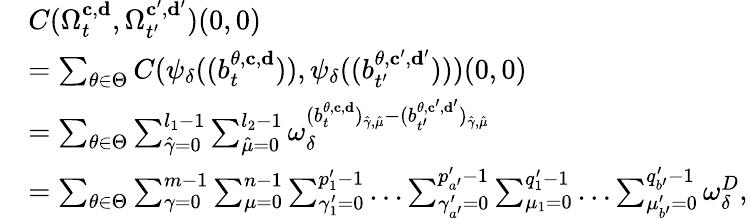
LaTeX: \begin{array}{rl}&{C(\Omega_{t}^{\mathbf{c},\mathbf{d}},\Omega_{t^{\prime}}^{\mathbf{c}^{\prime},\mathbf{d}^{\prime}})(0,0)}\\ &{=\sum_{\theta\in\Theta}C(\psi_{\delta}((b_{t}^{\theta,\mathbf{c},\mathbf{d}})),\psi_{\delta}((b_{t^{\prime}}^{\theta,\mathbf{c}^{\prime},\mathbf{d}^{\prime}})))(0,0)}\\ &{=\sum_{\theta\in\Theta}\sum_{\hat{\gamma}=0}^{l_{1}-1}\sum_{\hat{\mu}=0}^{l_{2}-1}\omega_{\delta}^{(b_{t}^{\theta,\mathbf{c},\mathbf{d}})_{\hat{\gamma},\hat{\mu}}-(b_{t^{\prime}}^{\theta,\mathbf{c}^{\prime},\mathbf{d}^{\prime}})_{\hat{\gamma},\hat{\mu}}}}\\ &{=\sum_{\theta\in\Theta}\sum_{\gamma=0}^{m-1}\sum_{\mu=0}^{n-1}\sum_{\gamma_{1}^{\prime}=0}^{p_{1}^{\prime}-1}\ldots\sum_{\gamma_{a^{\prime}}^{\prime}=0}^{p_{a^{\prime}}^{\prime}-1}\sum_{\mu_{1}=0}^{q_{1}^{\prime}-1}\ldots\sum_{\mu_{b^{\prime}}^{\prime}=0}^{q_{b^{\prime}}^{\prime}-1}\omega_{\delta}^{D},}\end{array}